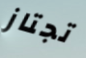
تجتاز